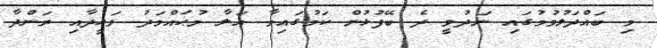
މި ބައްދަލުވުމުގައި ނަދުވީ ދެ ބޭފުޅުން ކަމުގައިވާ އަލާ މުޙައްމަދު ވަޙީދާއި ރަންދާ